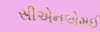
સીએનએમઈ